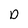
Character: D